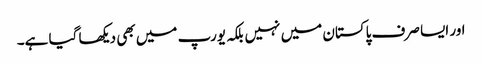
اور ایسا صرف پاکستان میں نہیں بلکہ یورپ میں بھی دیکھا گیا ہے۔